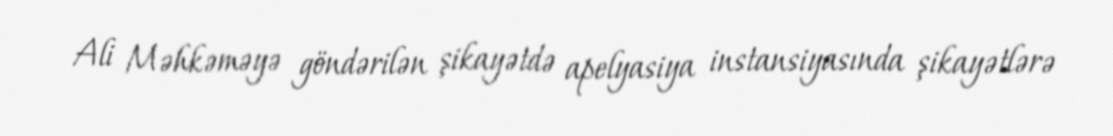
Ali Məhkəməyə göndərilən şikayətdə apelyasiya instansiyasında şikayətlərə